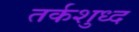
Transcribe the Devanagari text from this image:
तर्कशुध्द